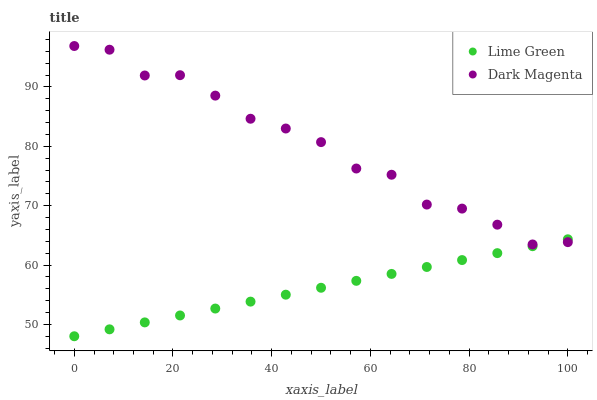
| xaxis_label | Lime Green | Dark Magenta |
 | --- | --- | --- |
 | 0 | 48 | 96.9 |
 | 7.14 | 49.2 | 96.3 |
 | 14.3 | 50.3 | 91.9 |
 | 21.4 | 51.5 | 92 |
 | 28.6 | 52.7 | 88.5 |
 | 35.7 | 53.8 | 84.6 |
 | 42.9 | 55 | 83 |
 | 50 | 56.2 | 80.7 |
 | 57.1 | 57.3 | 76.3 |
 | 64.3 | 58.5 | 75.2 |
 | 71.4 | 59.7 | 70.2 |
 | 78.6 | 60.8 | 69.5 |
 | 85.7 | 62 | 66.8 |
 | 92.9 | 63.2 | 63.5 |
 | 100 | 64.3 | 63.9 |